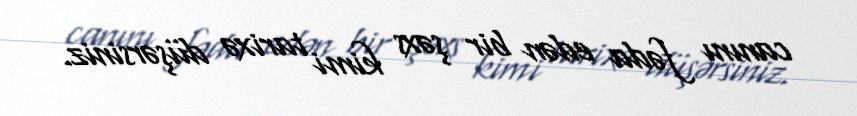
canını fəda edən bir şəxs kimi tarixə düşərsiniz.